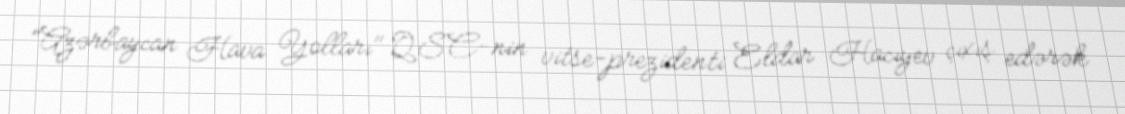
"Azərbaycan Hava Yolları" QSC-nin vitse-prezidenti Eldar Hacıyev çıxış edərək